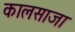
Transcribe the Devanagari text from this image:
कालसाजा